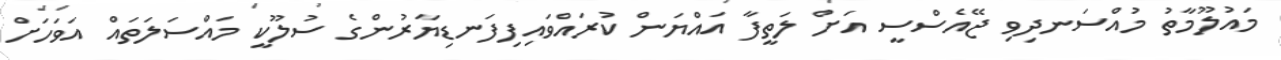
މައުލޫމާތު މުއްސަނދިވި ޖޭއެސްސީ އަށް ލަތީފާ އައްޔަން ކުރައްވައިފިފަނޑިޔާރުންގެ ސުލޫކީ މައްސަލަތައް އަވަހަށް